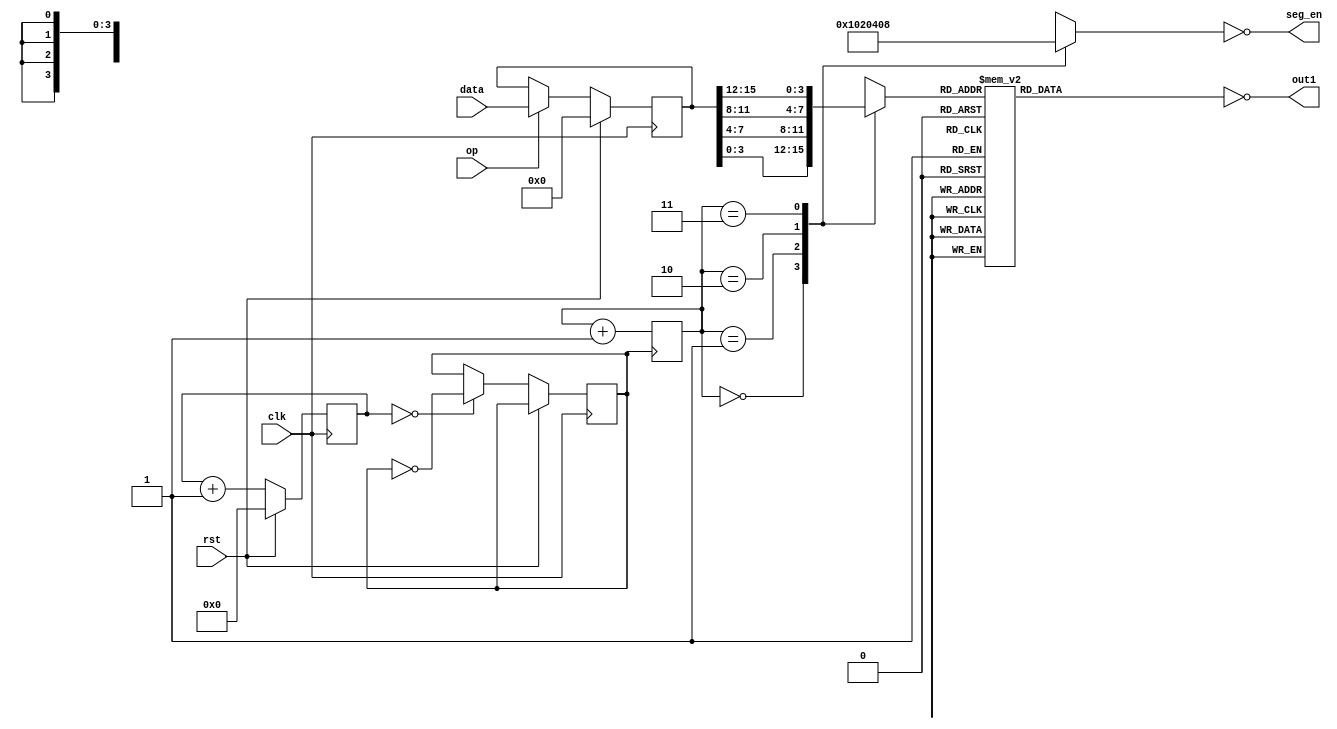
`timescale 1ns / 1ps
//////////////////////////////////////////////////////////////////////////////////
// Company: 
// Engineer: 
// 
// Design Name: 
// Module Name: Tube
// Project Name: 
// Target Devices: 
// Tool Versions: 
// Description: 
// 
// Dependencies: 
// 
// Revision:
// Revision 0.01 - File Created
// Additional Comments:
// 
//////////////////////////////////////////////////////////////////////////////////


module Tube(
        rst,op,data,clk,
        out1,seg_en
    );
    input rst;
    input op;
    input [15:0]data;
    input clk;
    output[7:0] out1;
    output[7:0] seg_en;
    
    reg clk_ = 1'b0;
    reg [7:0]out = 8'h00;
    reg [7:0]add = 8'h00;
    reg [13:0]ct=0;
    reg [1:0]v=0;
    reg [15:0]w_data=0;
    always @(negedge clk)begin
        if (rst)begin
            ct<=0;
            w_data = 0;
        end 
        else begin
            if (op)w_data<=data;
            if (ct==0)begin 
                clk_<=~clk_;
                ct<=ct+1;
            end
            else begin
                ct<=ct+1;
            end
        end
    end
    
    reg [3:0]d;
    always @(posedge clk_)begin
        v<=v+1;
    end
    always @(v)begin
        case (v)
            0:  begin
                    d<=w_data[3:0];
                    add<=8'b00000001;
                end
            1: begin
                    d<=w_data[7:4];
                    add<=8'b00000010;
                end
            2: begin
                    d<=w_data[11:8];
                    add<=8'b00000100;
                end
            3: begin
                    d<=w_data[15:12];
                    add<=8'b00001000;
                end
        endcase
    end
    always @(d)begin
        case (d[3:0])
            4'h0: out<= 8'b11111100;
            4'h1: out<= 8'b01100000;
            4'h2: out<= 8'b11011010;
            4'h3: out<= 8'b11110010;
            4'h4: out<= 8'b01100110;
            4'h5: out<= 8'b10110110;
            4'h6: out<= 8'b10111110;
            4'h7: out<= 8'b11100000;
            4'h8: out<= 8'b11111110;
            4'h9: out<= 8'b11100110;
            4'ha: out<= 8'b11101110;
            4'hb: out<= 8'b00111110;
            4'hc: out<= 8'b00011010;
            4'hd: out<= 8'b01111010;
            4'he: out<= 8'b10011110;
            4'hf: out<= 8'b10001110;
            default: out<=8'b0000000;
        endcase
    end
    assign out1=~out;
    assign seg_en=~add;
    
    
    
endmodule